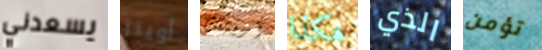
يسعدني أوينز أريتك هكذا الذي تؤمن